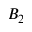
B _ { 2 }